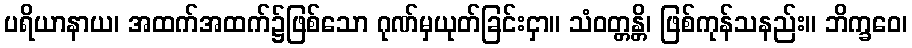
ပရိယာနာယ၊ အထက်အထက်၌ဖြစ်သော ဂုဏ်မှယုတ်ခြင်းငှာ။ သံဝတ္တန္တိ၊ ဖြစ်ကုန်သနည်း။ ဘိက္ခဝေ၊